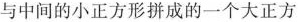
与中间的小正方形拼成的一个大正方